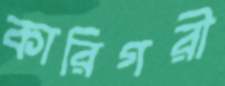
কারিগরী